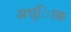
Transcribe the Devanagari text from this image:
अध्ािक